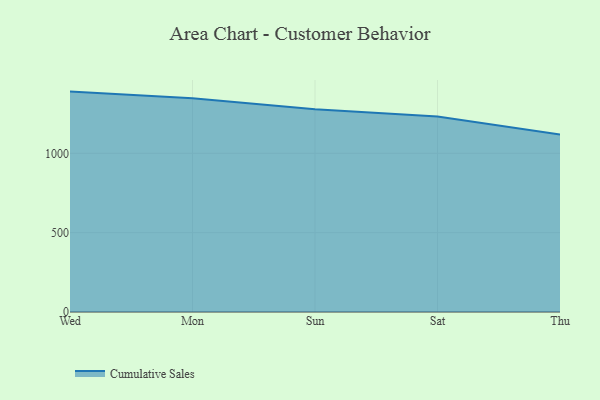
{"axis": {"x": "Day", "y": "Page Views"}, "legend": ["Cumulative Sales"], "data": [{"x": "Wed", "y": 1388.8, "type": "Cumulative Sales"}, {"x": "Mon", "y": 1347.3, "type": "Cumulative Sales"}, {"x": "Sun", "y": 1278.0, "type": "Cumulative Sales"}, {"x": "Sat", "y": 1232.3, "type": "Cumulative Sales"}, {"x": "Thu", "y": 1119.0, "type": "Cumulative Sales"}]}